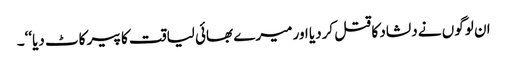
ان لوگوں نے دلشاد کا قتل کردیا اور میرے بھائی لیاقت کا پیر کاٹ دیا‘‘۔